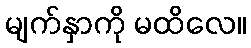
မျက်နှာကို မထိလေ။